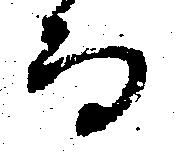
而